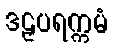
ဒဠှပရက္ကမံ